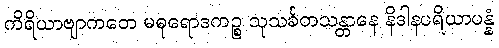
ကိရိယာဗျာကတေ မဓုရောဒကဉ္စ သုသင်္ခတသန္တာနေ နိဒါနပရိယာပန္နံ